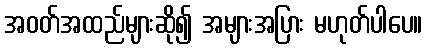
အဝတ်အထည်များဆို၍ အများအပြား မဟုတ်ပါပေ။